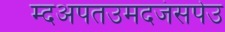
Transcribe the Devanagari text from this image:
म्दअपतउमदजंसपेउ